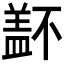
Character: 𰥁